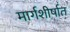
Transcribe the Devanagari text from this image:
मार्गशीर्षात